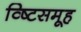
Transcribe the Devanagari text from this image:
व्ष्टिसमूह